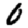
Digit: 0